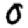
Digit: 0